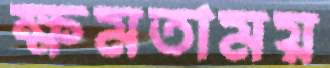
ক্ষমতাময়